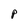
Character: P